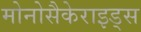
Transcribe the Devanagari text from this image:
मोनोसैकेराइड्स